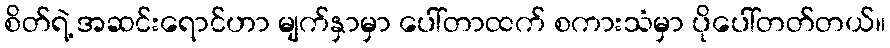
စိတ်ရဲ့ အဆင်းရောင်ဟာ မျက်နှာမှာ ပေါ်တာထက် စကားသံမှာ ပိုပေါ်တတ်တယ်။